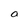
Character: a